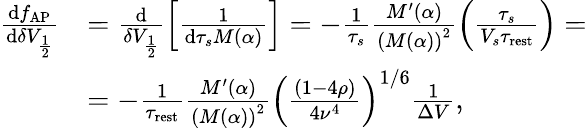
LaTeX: \begin{array}{rl}{\frac{\mathrm{d}f_{\mathrm{AP}}}{\mathrm{d}\delta V_{\frac{1}{2}}}}&{=\frac{\mathrm{d}}{\delta V_{\frac{1}{2}}}\left[\frac{1}{\mathrm{d}\tau_{s}M(\alpha)}\right]=-\frac{1}{\tau_{s}}\frac{M^{\prime}(\alpha)}{\left(M(\alpha)\right)^{2}}\left(\frac{\tau_{s}}{V_{s}\tau_{\mathrm{rest}}}\right)=}\\ &{=-\frac{1}{\tau_{\mathrm{rest}}}\frac{M^{\prime}(\alpha)}{\left(M(\alpha)\right)^{2}}\left(\frac{(1-4\rho)}{4\nu^{4}}\right)^{1/6}\frac{1}{\Delta V},}\end{array}